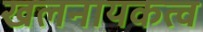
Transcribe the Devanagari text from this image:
खलनायकत्व